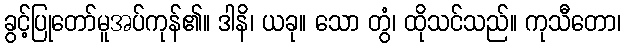
ခွင့်ပြုတော်မူအပ်ကုန်၏။ ဒါနိ၊ ယခု။ သော တွံ၊ ထိုသင်သည်။ ကုသီတော၊